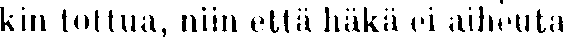
kin tottua, niin että häkä ei aiheuta